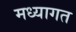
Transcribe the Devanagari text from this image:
मध्यागत